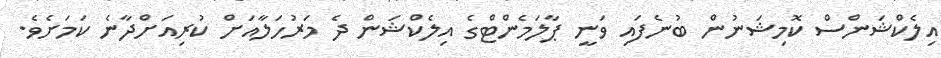
އިލެކްޝަންްސް ކޮމިޝަނުން ބުނެފައި ވަނީ ޕާލަމެންޓްގެ އިލެކްޝަން ދެ މަރުހަލާއަށް ކުރިއަށްދާނެ ކަމަށެވެ.